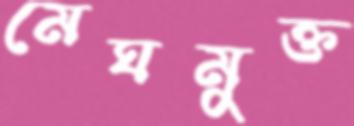
মেঘমুক্ত